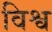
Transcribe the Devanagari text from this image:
विश्व